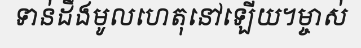
ទាន់ដឹងមូលហេតុនៅឡើយ។ម្ចាស់